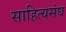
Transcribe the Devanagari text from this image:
साहित्यसंघ